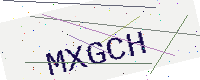
Text: MXGCH